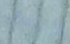
الإحتمال